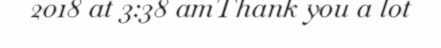
2018 at 3:38 amThank you a lot